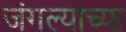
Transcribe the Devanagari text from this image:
जंगल्याच्या